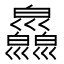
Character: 𢀎